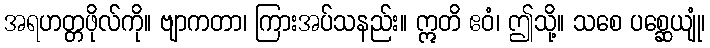
အရဟတ္တဖိုလ်ကို။ ဗျာကတာ၊ ကြားအပ်သနည်း။ ဣတိ ဧဝံ၊ ဤသို့။ သစေ ပစ္ဆေယျုံ၊